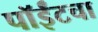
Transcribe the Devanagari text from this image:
पॉईंटचा